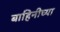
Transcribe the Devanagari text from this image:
बाहिनीच्या